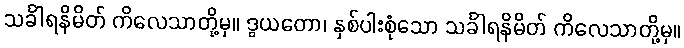
သင်္ခါရနိမိတ် ကိလေသာတို့မှ။ ဒွယတော၊ နှစ်ပါးစုံသော သင်္ခါရနိမိတ် ကိလေသာတို့မှ။